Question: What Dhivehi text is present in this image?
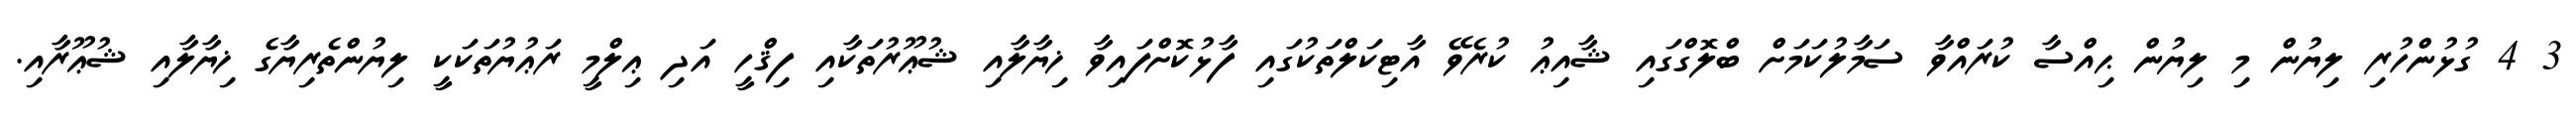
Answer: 3 4 ގުޅުންހުރި ލިޔުން މި ލިޔުން ޙިއްސާ ކުރައްވާ ސަމާލުކަމަށް ބްލޮގްގައި ޝާއިޢު ކުރެވޭ އާޓިކަލްތަކުގައި ފާޅުކޮށްފައިވާ ޚިޔާލާއި ޝުޢޫރުތަކާއި ފިޤްހީ އަދި ޢިލްމީ ރަޢުޔުތަކަކީ ލިޔުންތެރިޔާގެ ޚިޔާލާއި ޝުޢޫރާއި.